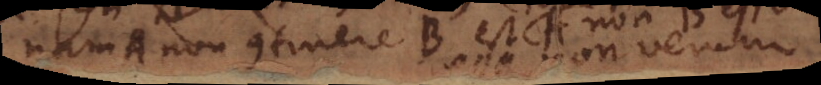
nam A non continere B est A non